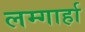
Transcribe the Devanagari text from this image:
लम्गार्हा